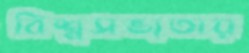
বিশ্বসভ্যতায়